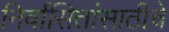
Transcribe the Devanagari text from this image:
निर्वासितांसाठीचे